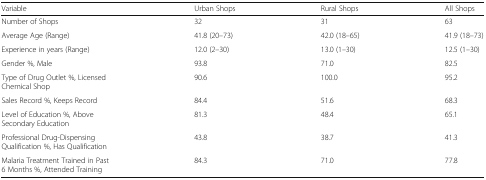
<table><thead><tr><td><b>Variable</b></td><td><b>Urban Shops</b></td><td><b>Rural Shops</b></td><td><b>All Shops</b></td></tr></thead><tbody><tr><td>Number of Shops</td><td>32</td><td>31</td><td>63</td></tr><tr><td>Average Age (Range)</td><td>41.8 (20–73)</td><td>42.0 (18–65)</td><td>41.9 (18–73)</td></tr><tr><td>Experience in years (Range)</td><td>12.0 (2–30)</td><td>13.0 (1–30)</td><td>12.5 (1–30)</td></tr><tr><td>Gender %, Male</td><td>93.8</td><td>71.0</td><td>82.5</td></tr><tr><td>Type of Drug Outlet %, Licensed Chemical Shop</td><td>90.6</td><td>100.0</td><td>95.2</td></tr><tr><td>Sales Record %, Keeps Record</td><td>84.4</td><td>51.6</td><td>68.3</td></tr><tr><td>Level of Education %, Above Secondary Education</td><td>81.3</td><td>48.4</td><td>65.1</td></tr><tr><td>Professional Drug-Dispensing Qualification %, Has Qualification</td><td>43.8</td><td>38.7</td><td>41.3</td></tr><tr><td>Malaria Treatment Trained in Past 6 Months %, Attended Training</td><td>84.3</td><td>71.0</td><td>77.8</td></tr></tbody></table>